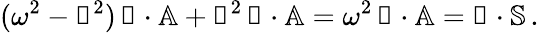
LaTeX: (\omega^{2}-\mathbb{k}^{2})\, \mathbb{k}\cdot\mathbb{A}+\mathbb{k}^{2}\, \mathbb{k}\cdot\mathbb{A}=\omega^{2}\, \mathbb{k}\cdot\mathbb{A}=\mathbb{k}\cdot\mathbb{S}\, .